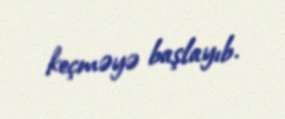
keçməyə başlayıb.